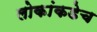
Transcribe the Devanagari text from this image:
लोकांकडेच